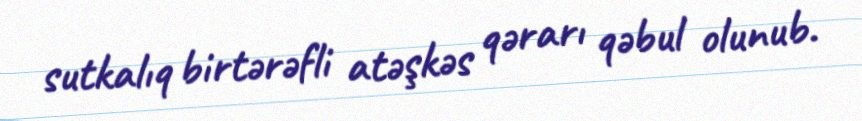
sutkalıq birtərəfli atəşkəs qərarı qəbul olunub.